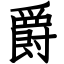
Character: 爵